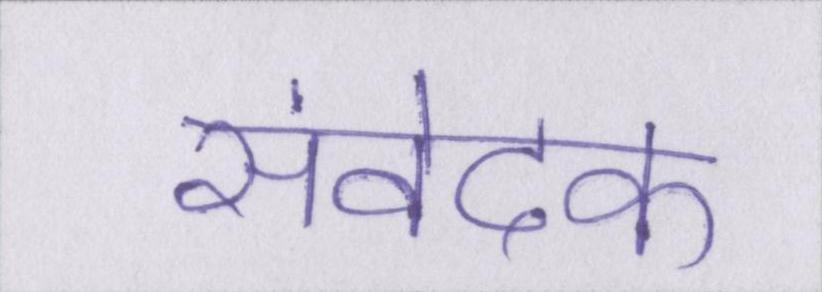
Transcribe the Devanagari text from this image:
संवेदक